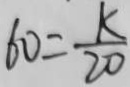
6 0 = \frac { k } { 2 0 }